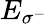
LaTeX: E_{\sigma^{-}}